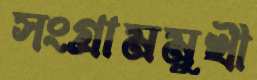
সংগ্রামমুখী